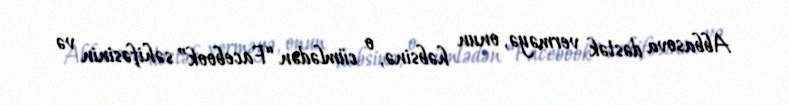
Abbasova dəstək verməyə, onun həbsinə, o cümlədən “Facebook” səhifəsinin və